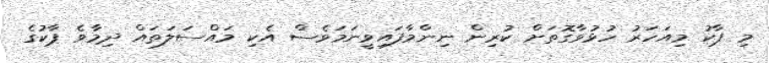
މި ޕާކު މިއަހަރު ހުޅުވާގޮތަށް ކުރިން ނިންމާފައިވީނަމަވެސް އެކި މައްސަލަތައް ދިމާވެ ޕާކުގެ